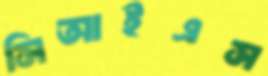
সিআইএস